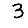
Digit: 3